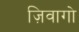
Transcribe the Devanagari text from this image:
ज़िवागो